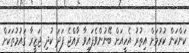
ކަންކަން ކުރުމަށް އިތުރު އެހީއަށް ބޭނުންވެފައިވާ ރާއްޖެ ފަދަ ކުދި ޖަޒީރާ ޤައުމުތަކަށް